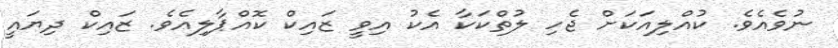
ނުވެއެވެ. ކުއްލިއަކަށް ޖެހި ލުތްކަކާ އެކު އިވީ ޒައިކް ކޮއްޕާލިއެވެ. ޒައިކް ދިޔައީ